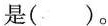
是( )。